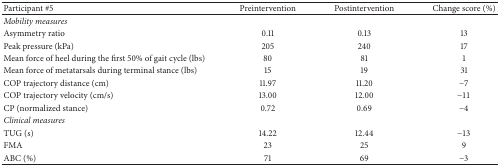
<table><thead><tr><td><b>Participant #5</b></td><td><b>Preintervention</b></td><td><b>Postintervention</b></td><td><b>Change score (%)</b></td></tr></thead><tbody><tr><td><i>Mobility measures</i></td><td>[EMPTY_CELL]</td><td>[EMPTY_CELL]</td><td>[EMPTY_CELL]</td></tr><tr><td>Asymmetry ratio</td><td>0.11</td><td>0.13</td><td>13</td></tr><tr><td>Peak pressure (kPa)</td><td>205</td><td>240</td><td>17</td></tr><tr><td>Mean force of heel during the first 50% of gait cycle (lbs)</td><td>80</td><td>81</td><td>1</td></tr><tr><td>Mean force of metatarsals during terminal stance (lbs)</td><td>15</td><td>19</td><td>31</td></tr><tr><td>COP trajectory distance (cm)</td><td>11.97</td><td>11.20</td><td>−7</td></tr><tr><td>COP trajectory velocity (cm/s)</td><td>13.00</td><td>12.00</td><td>−11</td></tr><tr><td>CP (normalized stance)</td><td>0.72</td><td>0.69</td><td>−4</td></tr><tr><td><i>Clinical measures</i></td><td>[EMPTY_CELL]</td><td>[EMPTY_CELL]</td><td>[EMPTY_CELL]</td></tr><tr><td>TUG (s)</td><td>14.22</td><td>12.44</td><td>−13</td></tr><tr><td>FMA</td><td>23</td><td>25</td><td>9</td></tr><tr><td>ABC (%)</td><td>71</td><td>69</td><td>−3</td></tr></tbody></table>